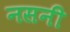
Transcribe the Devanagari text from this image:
नसनी